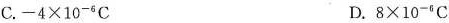
C.$$- 4 \times 1 0 ^ { - 6 } C$$ D.$$8 \times 1 0 ^ { - 6 } C$$